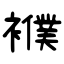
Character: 襥